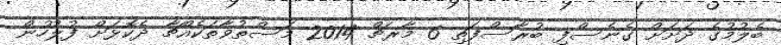
ބެލުމުގެ ދަށަށް ގެނެސްފި ބުރާސްފަތި 6 މާރޗް 2014 މަސްތުވާތަކެއްޗާ ދެކޮޅަށް ފުލުހުން